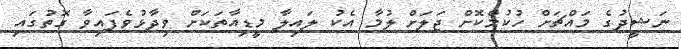
ނަޝީދުގެ މައްޗަށް ހުކުމްކޮށް ޖަލަށް ލުމާ އެކު ލައިލާ މީޑިއާތަކަށް ވިދާޅުވެފައިވާ ގޮތުގައި